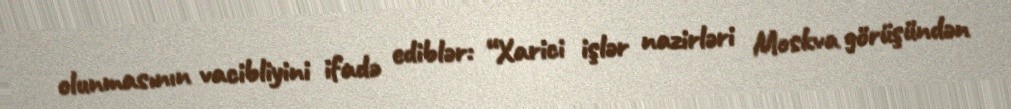
olunmasının vacibliyini ifadə ediblər: “Xarici işlər nazirləri Moskva görüşündən